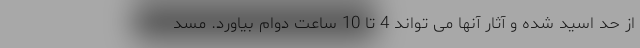
از حد اسید شده و آثار آنها می تواند 4 تا 10 ساعت دوام بیاورد. مسد